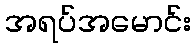
အရပ်အမောင်း